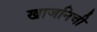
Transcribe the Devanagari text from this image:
खाजनिची